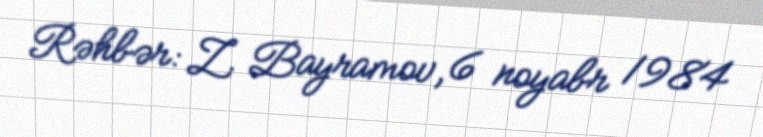
Rəhbər: Z. Bayramov, 6 noyabr 1984